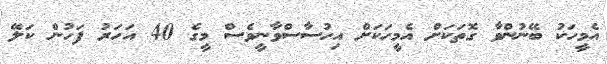
އެމީހަކު ބޭނުންވާ ގޮތަކަށް އެމީހަކަށް އިހުސާސްވާނީވެސް މީގެ 40 އަހަރު ފަހުން ކަލޭ